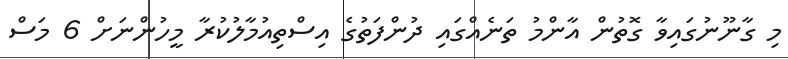
މި ގާނޫނުގައިވާ ގޮތުން އާންމު ތަނެއްގައި ދުންފަތުގެ އިސްތިއުމާލުކުރާ މީހުންނަށް 6 މަސް